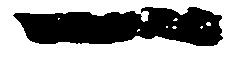
一